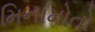
મિનામોતો